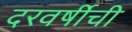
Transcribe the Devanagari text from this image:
दरवर्षीची